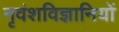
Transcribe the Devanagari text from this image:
नृवंशविज्ञानियों